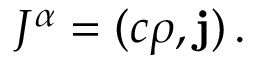
J ^ { \alpha } = ( c \rho , \mathbf { j } ) \, .